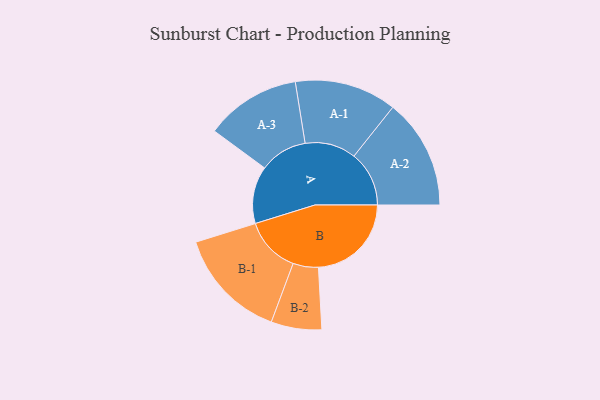
{"axis": {"x": "Segment", "y": "Value"}, "legend": ["", "A", "B"], "data": [{"x": "A", "y": 279, "type": ""}, {"x": "B", "y": 452, "type": ""}, {"x": "A-1", "y": 248, "type": "A"}, {"x": "A-2", "y": 268, "type": "A"}, {"x": "A-3", "y": 232, "type": "A"}, {"x": "B-1", "y": 272, "type": "B"}, {"x": "B-2", "y": 123, "type": "B"}]}